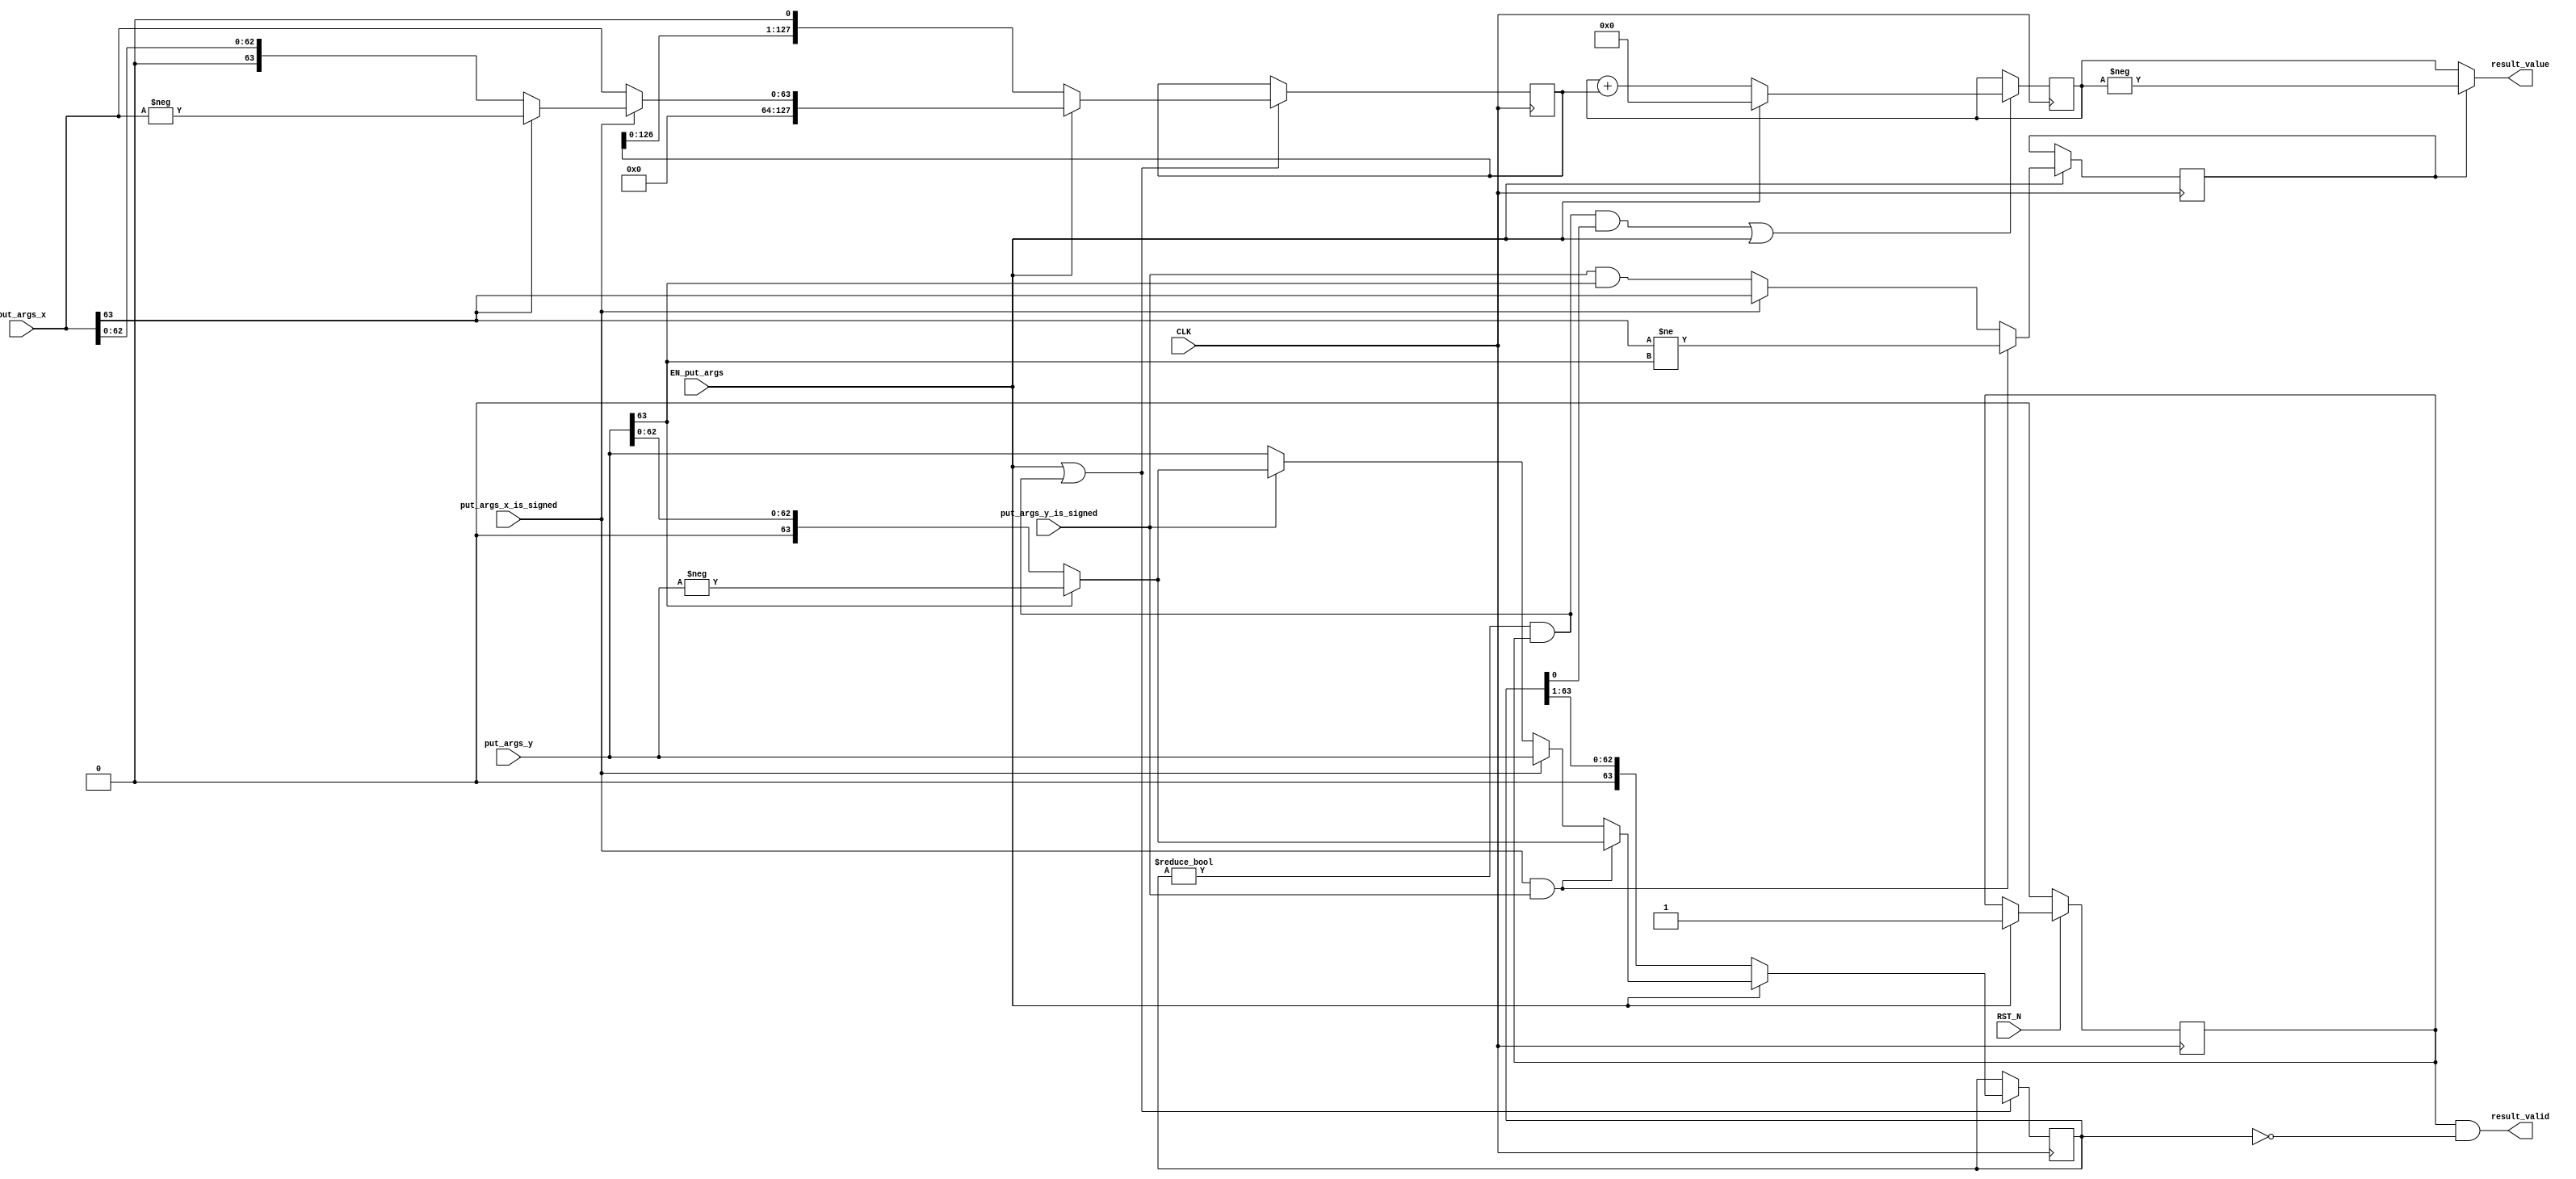
//
// Generated by Bluespec Compiler, version 2018.10.beta1 (build e1df8052c, 2018-10-17)
//
//
//
//
// Ports:
// Name                         I/O  size props
// result_valid                   O     1
// result_value                   O   128
// CLK                            I     1 clock
// RST_N                          I     1 reset
// put_args_x_is_signed           I     1
// put_args_x                     I    64
// put_args_y_is_signed           I     1
// put_args_y                     I    64
// EN_put_args                    I     1
//
// No combinational paths from inputs to outputs
//
//

`ifdef BSV_ASSIGNMENT_DELAY
`else
  `define BSV_ASSIGNMENT_DELAY
`endif

`ifdef BSV_POSITIVE_RESET
  `define BSV_RESET_VALUE 1'b1
  `define BSV_RESET_EDGE posedge
`else
  `define BSV_RESET_VALUE 1'b0
  `define BSV_RESET_EDGE negedge
`endif

module mkIntMul_64(CLK,
		   RST_N,

		   put_args_x_is_signed,
		   put_args_x,
		   put_args_y_is_signed,
		   put_args_y,
		   EN_put_args,

		   result_valid,

		   result_value);
  input  CLK;
  input  RST_N;

  // action method put_args
  input  put_args_x_is_signed;
  input  [63 : 0] put_args_x;
  input  put_args_y_is_signed;
  input  [63 : 0] put_args_y;
  input  EN_put_args;

  // value method result_valid
  output result_valid;

  // value method result_value
  output [127 : 0] result_value;

  // signals for module outputs
  wire [127 : 0] result_value;
  wire result_valid;

  // register m_rg_isNeg
  reg m_rg_isNeg;
  wire m_rg_isNeg$D_IN, m_rg_isNeg$EN;

  // register m_rg_signed
  reg m_rg_signed;
  wire m_rg_signed$D_IN, m_rg_signed$EN;

  // register m_rg_state
  reg m_rg_state;
  wire m_rg_state$D_IN, m_rg_state$EN;

  // register m_rg_x
  reg [127 : 0] m_rg_x;
  wire [127 : 0] m_rg_x$D_IN;
  wire m_rg_x$EN;

  // register m_rg_xy
  reg [127 : 0] m_rg_xy;
  wire [127 : 0] m_rg_xy$D_IN;
  wire m_rg_xy$EN;

  // register m_rg_y
  reg [63 : 0] m_rg_y;
  wire [63 : 0] m_rg_y$D_IN;
  wire m_rg_y$EN;

  // rule scheduling signals
  wire CAN_FIRE_RL_m_compute,
       CAN_FIRE_put_args,
       WILL_FIRE_RL_m_compute,
       WILL_FIRE_put_args;

  // inputs to muxes for submodule ports
  wire [127 : 0] MUX_m_rg_x$write_1__VAL_1,
		 MUX_m_rg_x$write_1__VAL_2,
		 MUX_m_rg_xy$write_1__VAL_2;
  wire [63 : 0] MUX_m_rg_y$write_1__VAL_1, MUX_m_rg_y$write_1__VAL_2;

  // remaining internal signals
  wire [127 : 0] xy___1__h648;
  wire [63 : 0] _theResult___fst__h488,
		_theResult___fst__h491,
		_theResult___fst__h533,
		_theResult___fst__h536,
		_theResult___snd_fst__h528;
  wire IF_put_args_x_is_signed_THEN_put_args_x_BIT_63_ETC___d29;

  // action method put_args
  assign CAN_FIRE_put_args = 1'd1 ;
  assign WILL_FIRE_put_args = EN_put_args ;

  // value method result_valid
  assign result_valid = m_rg_state && m_rg_y == 64'd0 ;

  // value method result_value
  assign result_value = m_rg_isNeg ? xy___1__h648 : m_rg_xy ;

  // rule RL_m_compute
  assign CAN_FIRE_RL_m_compute = m_rg_y != 64'd0 && m_rg_state ;
  assign WILL_FIRE_RL_m_compute = CAN_FIRE_RL_m_compute ;

  // inputs to muxes for submodule ports
  assign MUX_m_rg_x$write_1__VAL_1 = { 64'd0, _theResult___fst__h488 } ;
  assign MUX_m_rg_x$write_1__VAL_2 = { m_rg_x[126:0], 1'd0 } ;
  assign MUX_m_rg_xy$write_1__VAL_2 = m_rg_xy + m_rg_x ;
  assign MUX_m_rg_y$write_1__VAL_1 =
	     (put_args_x_is_signed && put_args_y_is_signed) ?
	       _theResult___fst__h536 :
	       _theResult___snd_fst__h528 ;
  assign MUX_m_rg_y$write_1__VAL_2 = { 1'd0, m_rg_y[63:1] } ;

  // register m_rg_isNeg
  assign m_rg_isNeg$D_IN =
	     (put_args_x_is_signed && put_args_y_is_signed) ?
	       put_args_x[63] != put_args_y[63] :
	       IF_put_args_x_is_signed_THEN_put_args_x_BIT_63_ETC___d29 ;
  assign m_rg_isNeg$EN = EN_put_args ;

  // register m_rg_signed
  assign m_rg_signed$D_IN = 1'b0 ;
  assign m_rg_signed$EN = 1'b0 ;

  // register m_rg_state
  assign m_rg_state$D_IN = 1'd1 ;
  assign m_rg_state$EN = EN_put_args ;

  // register m_rg_x
  assign m_rg_x$D_IN =
	     EN_put_args ?
	       MUX_m_rg_x$write_1__VAL_1 :
	       MUX_m_rg_x$write_1__VAL_2 ;
  assign m_rg_x$EN = EN_put_args || WILL_FIRE_RL_m_compute ;

  // register m_rg_xy
  assign m_rg_xy$D_IN = EN_put_args ? 128'd0 : MUX_m_rg_xy$write_1__VAL_2 ;
  assign m_rg_xy$EN = WILL_FIRE_RL_m_compute && m_rg_y[0] || EN_put_args ;

  // register m_rg_y
  assign m_rg_y$D_IN =
	     EN_put_args ?
	       MUX_m_rg_y$write_1__VAL_1 :
	       MUX_m_rg_y$write_1__VAL_2 ;
  assign m_rg_y$EN = WILL_FIRE_RL_m_compute || EN_put_args ;

  // remaining internal signals
  assign IF_put_args_x_is_signed_THEN_put_args_x_BIT_63_ETC___d29 =
	     put_args_x_is_signed ?
	       put_args_x[63] :
	       put_args_y_is_signed && put_args_y[63] ;
  assign _theResult___fst__h488 =
	     put_args_x_is_signed ? _theResult___fst__h491 : put_args_x ;
  assign _theResult___fst__h491 = put_args_x[63] ? -put_args_x : put_args_x ;
  assign _theResult___fst__h533 =
	     put_args_y_is_signed ? _theResult___fst__h536 : put_args_y ;
  assign _theResult___fst__h536 = put_args_y[63] ? -put_args_y : put_args_y ;
  assign _theResult___snd_fst__h528 =
	     put_args_x_is_signed ? put_args_y : _theResult___fst__h533 ;
  assign xy___1__h648 = -m_rg_xy ;

  // handling of inlined registers

  always@(posedge CLK)
  begin
    if (RST_N == `BSV_RESET_VALUE)
      begin
        m_rg_state <= `BSV_ASSIGNMENT_DELAY 1'd0;
      end
    else
      begin
        if (m_rg_state$EN)
	  m_rg_state <= `BSV_ASSIGNMENT_DELAY m_rg_state$D_IN;
      end
    if (m_rg_isNeg$EN) m_rg_isNeg <= `BSV_ASSIGNMENT_DELAY m_rg_isNeg$D_IN;
    if (m_rg_signed$EN) m_rg_signed <= `BSV_ASSIGNMENT_DELAY m_rg_signed$D_IN;
    if (m_rg_x$EN) m_rg_x <= `BSV_ASSIGNMENT_DELAY m_rg_x$D_IN;
    if (m_rg_xy$EN) m_rg_xy <= `BSV_ASSIGNMENT_DELAY m_rg_xy$D_IN;
    if (m_rg_y$EN) m_rg_y <= `BSV_ASSIGNMENT_DELAY m_rg_y$D_IN;
  end

  // synopsys translate_off
  `ifdef BSV_NO_INITIAL_BLOCKS
  `else // not BSV_NO_INITIAL_BLOCKS
  initial
  begin
    m_rg_isNeg = 1'h0;
    m_rg_signed = 1'h0;
    m_rg_state = 1'h0;
    m_rg_x = 128'hAAAAAAAAAAAAAAAAAAAAAAAAAAAAAAAA;
    m_rg_xy = 128'hAAAAAAAAAAAAAAAAAAAAAAAAAAAAAAAA;
    m_rg_y = 64'hAAAAAAAAAAAAAAAA;
  end
  `endif // BSV_NO_INITIAL_BLOCKS
  // synopsys translate_on
endmodule  // mkIntMul_64